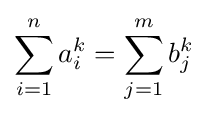
\sum _{i=1}^{n}a_{i}^{k}=\sum _{j=1}^{m}b_{j}^{k}